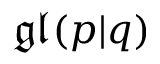
{ \mathfrak { g l } } ( p | q )